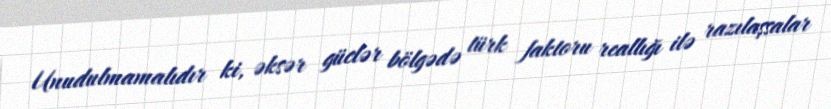
Unudulmamalıdır ki, əksər güclər bölgədə türk faktoru reallığı ilə razılaşsalar